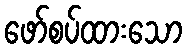
ဖော်စပ်ထားသော